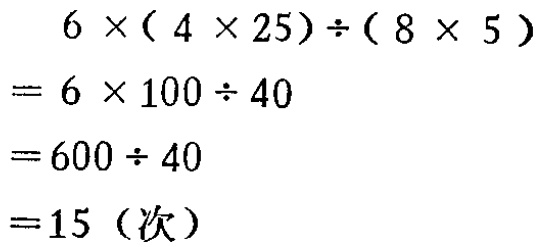
$\begin{align*}
&6\times(4\times25)\div(8\times5)\\
=&6\times100\div40\\
=&600\div40\\
=&15 \text{（次）}
\end{align*}$